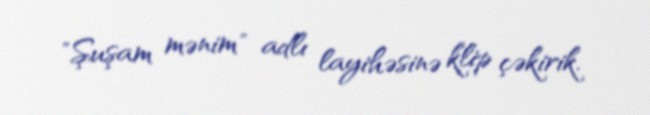
"Şuşam mənim" adlı layihəsinə klip çəkirik.